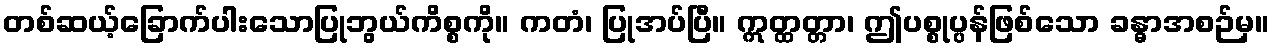
တစ်ဆယ့်ခြောက်ပါးသောပြုဘွယ်ကိစ္စကို။ ကတံ၊ ပြုအပ်ပြီ။ ဣတ္ထတ္တာ၊ ဤပစ္စုပ္ပန်ဖြစ်သော ခန္ဓာအစဉ်မှ။